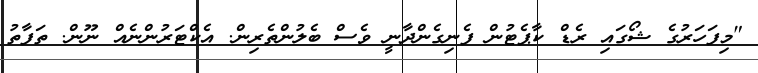
"މިފަހަރުގެ ޝޯގައި ރެޑް ކާޕެޓުން ފެނިގެންދާނީ ވެސް ބެލުންތެރިން. އެކްޓަރުންނެއް ނޫން. ތަފާތު